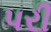
પરી